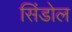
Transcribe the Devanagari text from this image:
सिंडोल